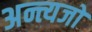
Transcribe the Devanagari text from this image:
अन्त्यजों